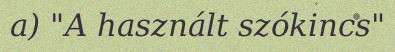
a) "A használt szókincs"